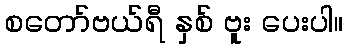
စတော်ဗယ်ရီ နှစ် ဗူး ပေးပါ။